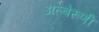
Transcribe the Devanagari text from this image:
अल्बेरुणी